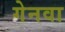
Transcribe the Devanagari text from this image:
गेनवा